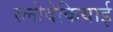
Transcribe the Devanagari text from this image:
स्लोवेकियाई